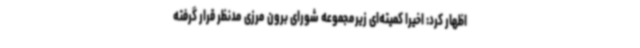
اظهار کرد: اخیرا کمیته‌ای زیرمجموعه شورای برون مرزی مدنظر قرار گرفته